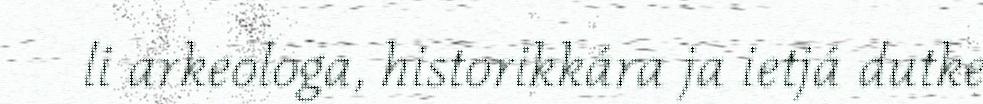
li arkeologa, historikkára ja ietjá dutke